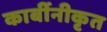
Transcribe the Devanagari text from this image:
कार्बीनीकृत